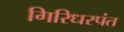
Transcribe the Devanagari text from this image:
गिरिधरपंत